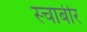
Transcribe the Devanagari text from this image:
स्चाबीर